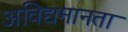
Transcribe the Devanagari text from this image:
अविद्यमानता